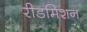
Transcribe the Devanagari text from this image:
रीडमिशन